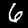
Digit: 6